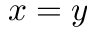
{ x } = y